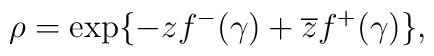
\rho =\exp \{-zf^{-}(\gamma )+\overline{z}f^{+}(\gamma )\},